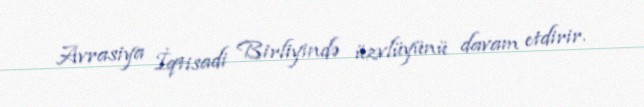
Avrasiya İqtisadi Birliyində üzvlüyünü davam etdirir.